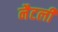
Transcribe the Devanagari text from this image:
नैटली